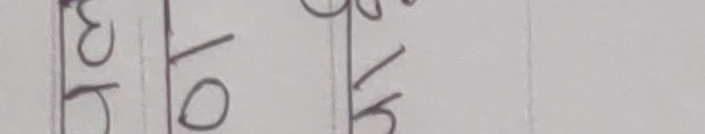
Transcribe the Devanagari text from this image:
३५ १० १५